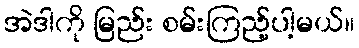
အဲဒါကို မြည်း စမ်းကြည့်ပါ့မယ်။